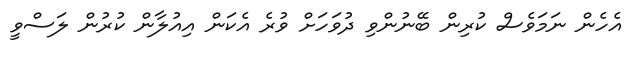
އެހެން ނަމަވެސް ކުރިން ބޭނުންވި ދުވަހަށް ވުރެ އެކަން އިއުލާން ކުރުން ލަސްވީ